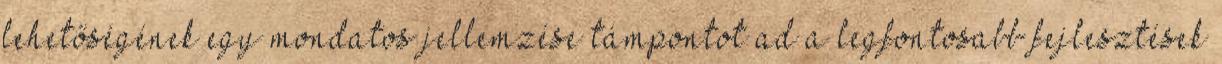
lehetőségének egy mondatos jellemzése támpontot ad a legfontosabb fejlesztések